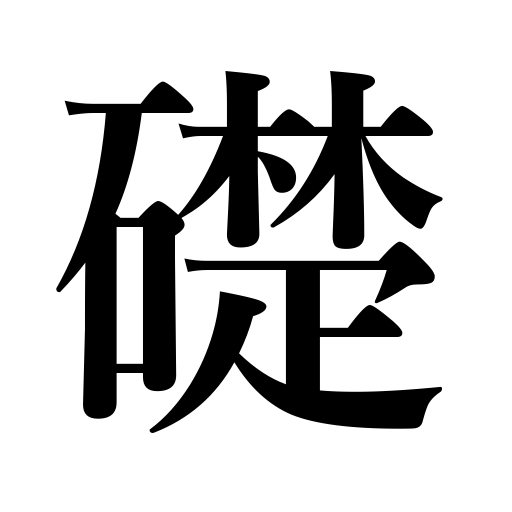
Meanings: foundation stone,cornerstone